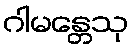
ဂါမန္တေသု